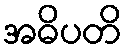
အဓိပတိ